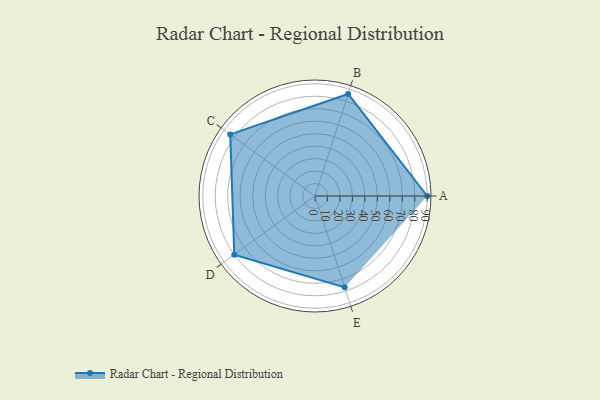
{"axis": {"x": "Skill", "y": "Score"}, "legend": ["Profile"], "data": [{"x": "A", "y": 90.0, "type": "Profile"}, {"x": "B", "y": 86.0, "type": "Profile"}, {"x": "C", "y": 84.0, "type": "Profile"}, {"x": "D", "y": 80.0, "type": "Profile"}, {"x": "E", "y": 77.0, "type": "Profile"}]}